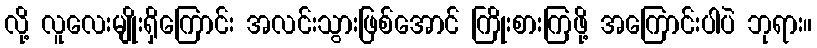
လို့ လူလေးမျိုးရှိကြောင်း အလင်းသွားဖြစ်အောင် ကြိုးစားကြဖို့ အကြောင်းပါပဲ ဘုရား။